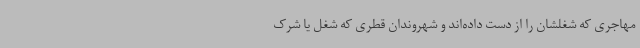
مهاجری که شغلشان را از دست داده‌اند و شهروندان قطری که شغل یا شرک